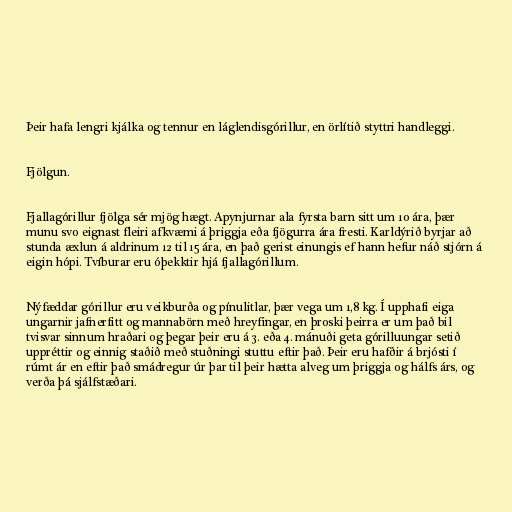
Þeir hafa lengri kjálka og tennur en láglendisgórillur, en örlítið styttri handleggi.

Fjölgun.

Fjallagórillur fjölga sér mjög hægt. Apynjurnar ala fyrsta barn sitt um 10 ára, þær
munu svo eignast fleiri afkvæmi á þriggja eða fjögurra ára fresti. Karldýrið byrjar að
stunda æxlun á aldrinum 12 til 15 ára, en það gerist einungis ef hann hefur náð stjórn á
eigin hópi. Tvíburar eru óþekktir hjá fjallagórillum.

Nýfæddar górillur eru veikburða og pínulitlar, þær vega um 1,8 kg. Í upphafi eiga
ungarnir jafnerfitt og mannabörn með hreyfingar, en þroski þeirra er um það bil
tvisvar sinnum hraðari og þegar þeir eru á 3. eða 4. mánuði geta górilluungar setið
uppréttir og einnig staðið með stuðningi stuttu eftir það. Þeir eru hafðir á brjósti í
rúmt ár en eftir það smádregur úr þar til þeir hætta alveg um þriggja og hálfs árs, og
verða þá sjálfstæðari.